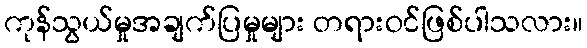
ကုန်သွယ်မှုအချက်ပြမှုများ တရားဝင်ဖြစ်ပါသလား။